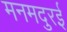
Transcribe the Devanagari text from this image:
मनमदुरई